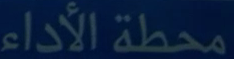
محطة الأداء